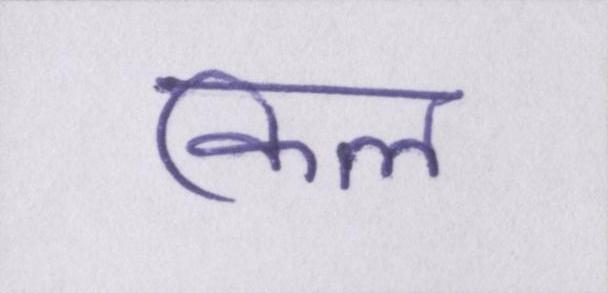
किल